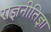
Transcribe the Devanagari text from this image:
राज्ञनीतिज्ञा